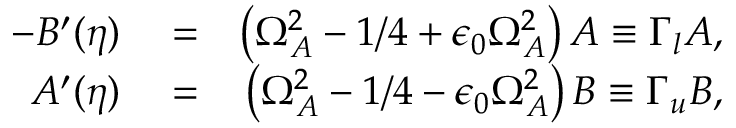
\begin{array} { r l r } { - B ^ { \prime } ( \eta ) } & { { } = } & { \left( \Omega _ { A } ^ { 2 } - 1 / 4 + \epsilon _ { 0 } \Omega _ { A } ^ { 2 } \right) A \equiv \Gamma _ { l } A , } \\ { A ^ { \prime } ( \eta ) } & { { } = } & { \left( \Omega _ { A } ^ { 2 } - 1 / 4 - \epsilon _ { 0 } \Omega _ { A } ^ { 2 } \right) B \equiv \Gamma _ { u } B , } \end{array}